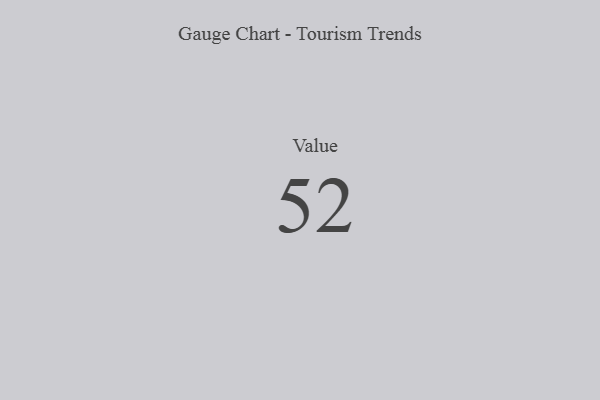
{"axis": {"x": "Metric", "y": "Value"}, "legend": [""], "data": [{"x": "Value", "y": 52, "type": ""}]}